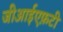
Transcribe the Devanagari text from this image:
जीआईएफ़टी